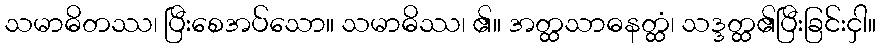
သမာဓိတဿ၊ ပြီးစေအပ်သော။ သမာဓိဿ၊ ၏။ အတ္ထသာဓနတ္ထံ၊ သဒ္ဒတ္ထ၏ပြီးခြင်းငှါ။